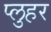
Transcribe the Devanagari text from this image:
प्लुहर